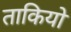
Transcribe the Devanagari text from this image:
ताकियो